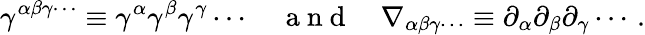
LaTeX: \gamma^{\alpha\beta\gamma\cdots}\equiv\gamma^{\alpha}\gamma^{\beta}\gamma^{\gamma}\cdots\quad\mathrm{~a~n~d~}\quad\nabla_{\alpha\beta\gamma\cdots}\equiv\partial_{\alpha}\partial_{\beta}\partial_{\gamma}\cdots\, .